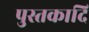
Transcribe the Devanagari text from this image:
पुस्तकादि